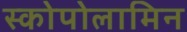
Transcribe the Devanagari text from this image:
स्कोपोलामिन